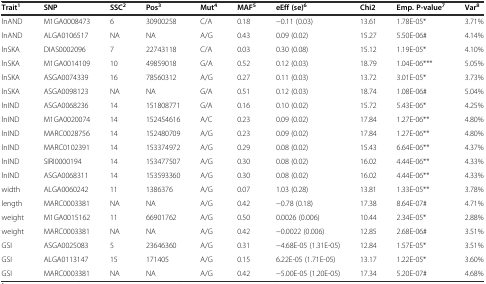
<table><thead><tr><td><b>Trait<sup>1</sup></b></td><td><b>SNP</b></td><td><b>SSC<sup>2</sup></b></td><td><b>Pos<sup>3</sup></b></td><td><b>Mut<sup>4</sup></b></td><td><b>MAF<sup>5</sup></b></td><td><b>eEff (se)<sup>6</sup></b></td><td><b>Chi2</b></td><td><b>Emp. P-value<sup>7</sup></b></td><td><b>Var<sup>8</sup></b></td></tr></thead><tbody><tr><td>lnAND</td><td>M1GA0008473</td><td>6</td><td>30900258</td><td>C/A</td><td>0.18</td><td>−0.11 (0.03)</td><td>13.61</td><td>1.78E-05*</td><td>3.71%</td></tr><tr><td>lnAND</td><td>ALGA0106517</td><td>NA</td><td>NA</td><td>A/G</td><td>0.43</td><td>0.09 (0.02)</td><td>15.27</td><td>5.50E-06#</td><td>4.14%</td></tr><tr><td>lnSKA</td><td>DIAS0002096</td><td>7</td><td>22743118</td><td>C/A</td><td>0.03</td><td>0.30 (0.08)</td><td>15.12</td><td>1.19E-05*</td><td>4.10%</td></tr><tr><td>lnSKA</td><td>M1GA0014109</td><td>10</td><td>49859018</td><td>G/A</td><td>0.52</td><td>0.12 (0.03)</td><td>18.79</td><td>1.04E-06***</td><td>5.05%</td></tr><tr><td>lnSKA</td><td>ASGA0074339</td><td>16</td><td>78560312</td><td>A/G</td><td>0.27</td><td>0.11 (0.03)</td><td>13.72</td><td>3.01E-05*</td><td>3.73%</td></tr><tr><td>lnSKA</td><td>ASGA0098123</td><td>NA</td><td>NA</td><td>G/A</td><td>0.51</td><td>0.12 (0.03)</td><td>18.74</td><td>1.08E-06#</td><td>5.04%</td></tr><tr><td>lnIND</td><td>ASGA0068236</td><td>14</td><td>151808771</td><td>G/A</td><td>0.16</td><td>0.10 (0.02)</td><td>15.72</td><td>5.43E-06*</td><td>4.25%</td></tr><tr><td>lnIND</td><td>M1GA0020074</td><td>14</td><td>152454616</td><td>A/C</td><td>0.23</td><td>0.09 (0.02)</td><td>17.84</td><td>1.27E-06**</td><td>4.80%</td></tr><tr><td>lnIND</td><td>MARC0028756</td><td>14</td><td>152480709</td><td>A/G</td><td>0.23</td><td>0.09 (0.02)</td><td>17.84</td><td>1.27E-06**</td><td>4.80%</td></tr><tr><td>lnIND</td><td>MARC0102391</td><td>14</td><td>153374972</td><td>A/G</td><td>0.29</td><td>0.08 (0.02)</td><td>15.43</td><td>6.64E-06**</td><td>4.37%</td></tr><tr><td>lnIND</td><td>SIRI0000194</td><td>14</td><td>153477507</td><td>A/G</td><td>0.30</td><td>0.08 (0.02)</td><td>16.02</td><td>4.44E-06**</td><td>4.33%</td></tr><tr><td>lnIND</td><td>ASGA0068311</td><td>14</td><td>153593360</td><td>A/G</td><td>0.30</td><td>0.08 (0.02)</td><td>16.02</td><td>4.44E-06**</td><td>4.33%</td></tr><tr><td>width</td><td>ALGA0060242</td><td>11</td><td>1386376</td><td>A/G</td><td>0.07</td><td>1.03 (0.28)</td><td>13.81</td><td>1.33E-05**</td><td>3.78%</td></tr><tr><td>length</td><td>MARC0003381</td><td>NA</td><td>NA</td><td>A/G</td><td>0.42</td><td>−0.78 (0.18)</td><td>17.38</td><td>8.64E-07#</td><td>4.71%</td></tr><tr><td>weight</td><td>M1GA0015162</td><td>11</td><td>66901762</td><td>A/G</td><td>0.50</td><td>0.0026 (0.006)</td><td>10.44</td><td>2.34E-05*</td><td>2.88%</td></tr><tr><td>weight</td><td>MARC0003381</td><td>NA</td><td>NA</td><td>A/G</td><td>0.42</td><td>−0.0022 (0.006)</td><td>12.85</td><td>2.68E-06#</td><td>3.51%</td></tr><tr><td>GSI</td><td>ASGA0025083</td><td>5</td><td>23646360</td><td>A/G</td><td>0.31</td><td>−4.68E-05 (1.31E-05)</td><td>12.84</td><td>1.57E-05*</td><td>3.51%</td></tr><tr><td>GSI</td><td>ALGA0113147</td><td>15</td><td>171405</td><td>A/G</td><td>0.15</td><td>6.22E-05 (1.71E-05)</td><td>13.17</td><td>1.22E-05*</td><td>3.60%</td></tr><tr><td>GSI</td><td>MARC0003381</td><td>NA</td><td>NA</td><td>A/G</td><td>0.42</td><td>−5.00E-05 (1.20E-05)</td><td>17.34</td><td>5.20E-07#</td><td>4.68%</td></tr></tbody></table>